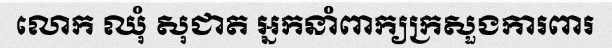
លោក ឈុំ សុជាត អ្នកនាំពាក្យក្រសួងការពារ